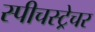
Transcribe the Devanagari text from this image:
स्पीचस्ट्रेचर